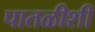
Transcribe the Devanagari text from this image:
पातळीशीं